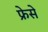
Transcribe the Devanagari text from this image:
फ्रेसे